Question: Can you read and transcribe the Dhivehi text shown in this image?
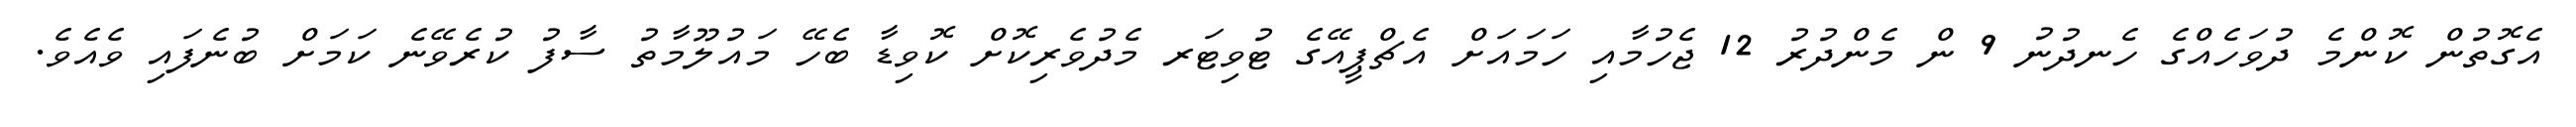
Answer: އެގޮތުން ކޮންމެ ދުވަހެއްގެ ހެނދުނު 9 ން މެންދުރު 12 ޖެހުމާއި ހަމައަށް އެޗްޕީއޭގެ ޓުވިޓަރ މެދުވެރިކޮށް ކޮވިޑާ ބެހޭ މައުލޫމާތު ސާފު ކުރެވޭނެ ކަމަށް ބުނެފައި ވެއެވެ.